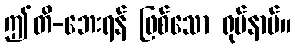
ဤတိ-ဘေးရန် ဖြစ်သော ရုပ်နာမ်။